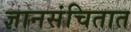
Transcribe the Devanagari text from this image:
ज्ञानसंचितात